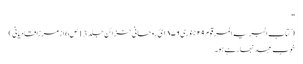
''
( کتاب البریہ المرقوم ٢٩ جنوری ١٨٧٦ئ روحانی خزائن جلد 13 ص6 ازمرزا قادیانی )
خوب عہد نبھارہے ہو۔